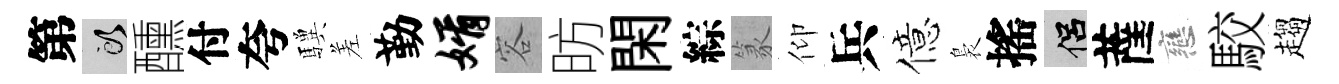
第頭醺付夸驥差勤婿容昉閑綜篆仰兵億裊搖侣薩戀駮趨